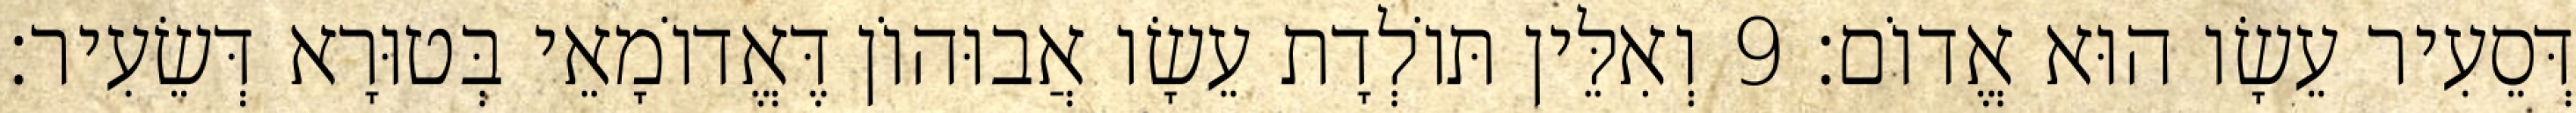
דְּסֵעִיר עֵשָׂו הוּא אֱדוֹם׃ 9 וְאִלֵּין תּוֹלְדָת עֵשָׂו אֲבוּהוֹן דֶּאֱדוֹמָאֵי בְּטוּרָא דְּשֵׂעִיר׃